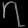
Digit: ၇